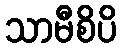
သာမီစိပိ